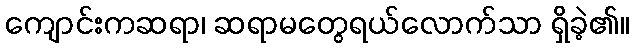
ကျောင်းကဆရာ၊ ဆရာမတွေရယ်လောက်သာ ရှိခဲ့၏။